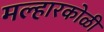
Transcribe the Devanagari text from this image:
मल्हारकोळी